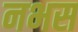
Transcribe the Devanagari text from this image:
नभस